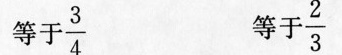
等于 \frac{3}{4} 等于 \frac{2}{3}